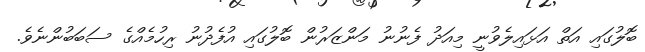
ބޮލުގައި އަތް އަޅައިލެވުނީ މިއަދު ފެނުނު މަންޒަރުން ބޮލުގައި އުފެދުނު ރިހުމެއްގެ ސަބަބުންނެވެ.